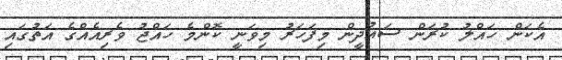
އެކަން ހައްލު ކުރަން ސައުދީން މިފަހަރު މިވަނީ ކޮންމެ ހައްޖު ވެރިއެއްގެ އަތުގައި